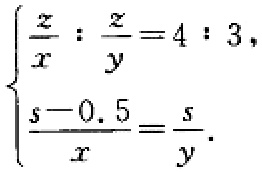
\[\begin{cases}

\frac{z}{x}:\frac{z}{y}=4:3,\\

\frac{s - 0.5}{x}=\frac{s}{y}.

\end{cases}\]